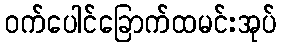
ဝက်ပေါင်ခြောက်ထမင်းအုပ်